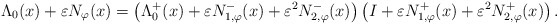
\begin{align*}\Lambda_{0}(x) + \varepsilon N_{\varphi}(x) = \left(\Lambda^{+}_{0}(x) + \varepsilon N_{1,\varphi}^{-}(x) + \varepsilon^2 N_{2,\varphi}^{-}(x)\right)\left(I + \varepsilon N_{1,\varphi}^{+}(x) + \varepsilon^2 N_{2,\varphi}^{+}(x)\right).\end{align*}